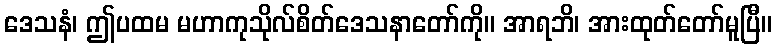
ဒေသနံ၊ ဤပထမ မဟာကုသိုလ်စိတ်ဒေသနာတော်ကို။ အာရဘိ၊ အားထုတ်တော်မူပြီ။